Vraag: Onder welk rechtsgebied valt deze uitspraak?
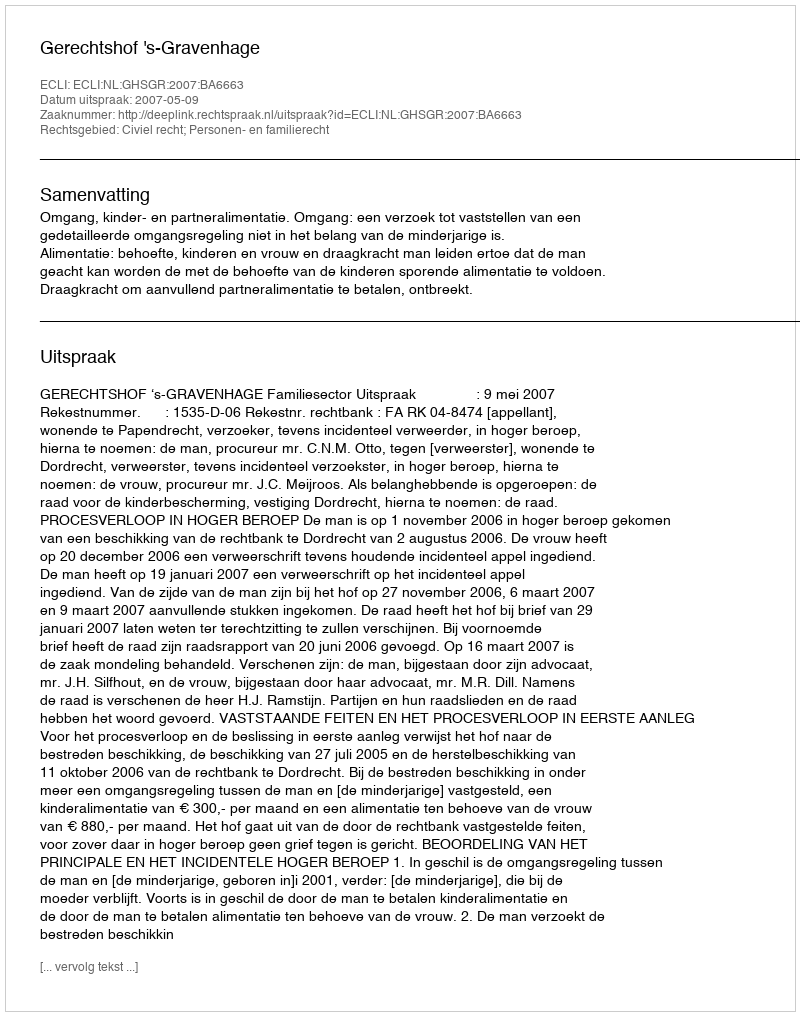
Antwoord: Civiel recht; Personen- en familierecht